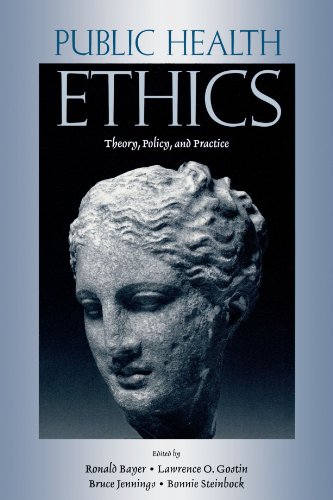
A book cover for Public Health Ethics: Theory, Policy, and Practice; Medical Books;